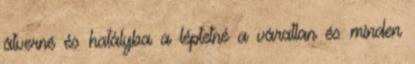
átverné és hatályba a léptetné a váratlan és minden